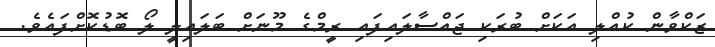
ޒަކްވާން ކުއްލި އަކަށް ބުރަކި ޖައްސާލައިފައި ރީމްގެ މޫނަށް ބަލައިލީ ލޯ ބޮޑުކޮށްފައެވެ.